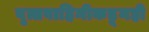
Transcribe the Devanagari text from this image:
वृत्तवाहिनीकडूनही